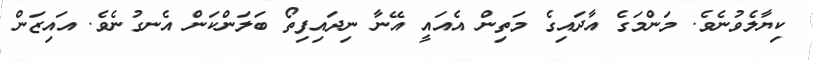
ކިޔާލެވުނެވެ. މަންމަގެ އާދައިގެ މަތިން އެއައީ އޭނާ ނިދައިފިތޯ ބަލަންކަން އެނގުނެވެ. އައިޒަން